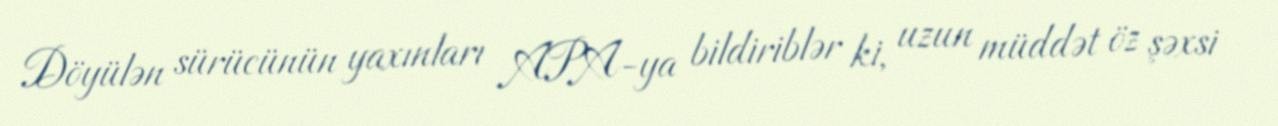
Döyülən sürücünün yaxınları APA-ya bildiriblər ki, uzun müddət öz şəxsi